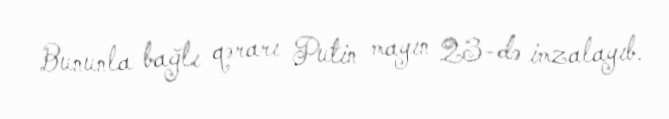
Bununla bağlı qərarı Putin mayın 23-də imzalayıb.